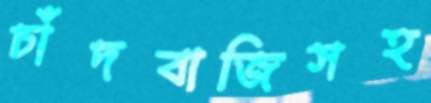
চাঁদবাজিসহ